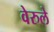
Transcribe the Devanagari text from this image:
वेरुले